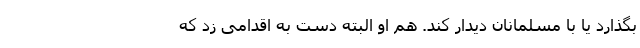
بگذارد یا با مسلمانان دیدار کند. هم او البته دست به اقدامی زد که